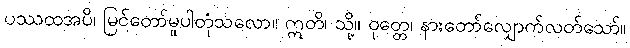
ပဿထအပိ၊ မြင်တော်မူပါတုံသလော။ ဣတိ၊ သို့။ ဝုတ္တေ၊ နားတော်လျှောက်လတ်သော်။